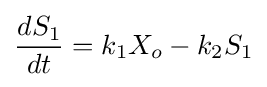
{\frac {dS_{1}}{dt}}=k_{1}X_{o}-k_{2}S_{1}